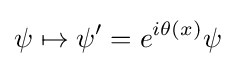
\psi \mapsto \psi '=e^{i\theta (x)}\psi